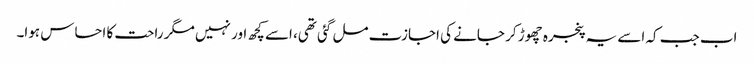
اب جب کہ اسے یہ پنجرہ چھوڑ کر جانے کی اجازت مل گئی تھی، اسے کچھ اور نہیں مگر راحت کا احساس ہوا۔